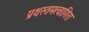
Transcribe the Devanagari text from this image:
प्रथस्तमत्वागिरा